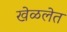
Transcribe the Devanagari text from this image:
खेळलेत